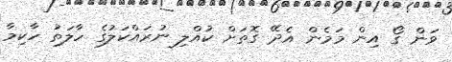
ވަން ގޯ އިން މަމެން އެދޭ ގޮތަށް ކުއްލި ނުރައްކަލުގެ ހާލަތު ހާކިމާ